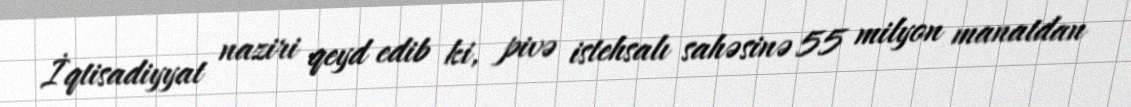
İqtisadiyyat naziri qeyd edib ki, pivə istehsalı sahəsinə 55 milyon manatdan